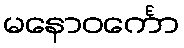
မနောဝင်္ကော